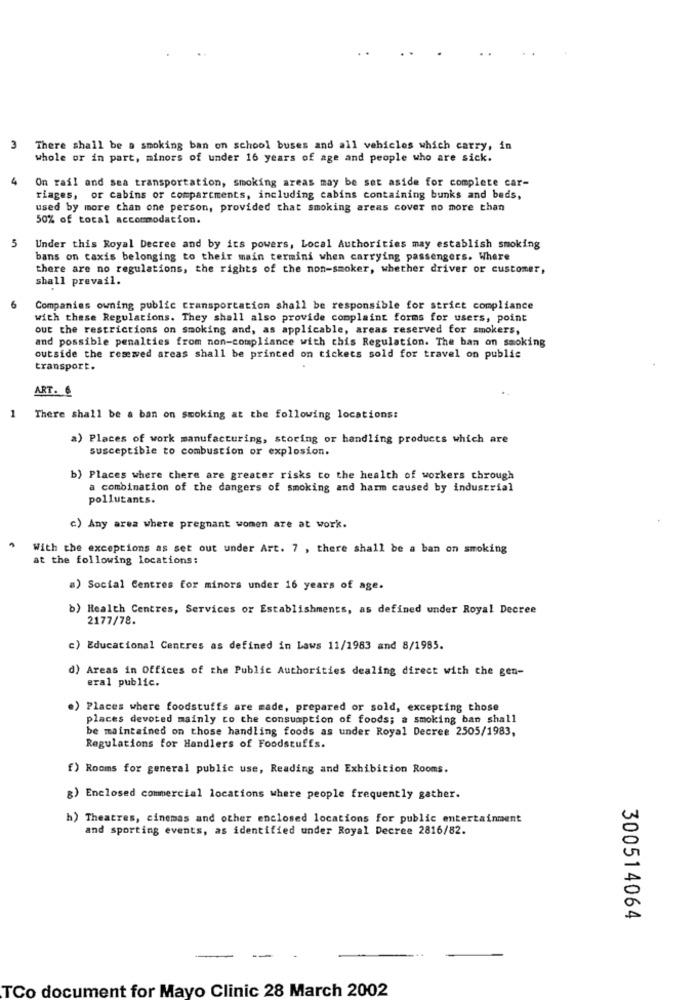
3
There shall be a smoking ban on school buses and all vehicles which carry, in
whole or in part, minors of under 16 years of age and people who are sick.
4
On rail and sea transportation, smoking areas may be set aside for complete car-
riages, or cabins or compartments, including cabins containing bunks and beds,
used by more than one person, provided that smoking areas cover no more than
50% of tocal accommodation.
5
Under this Royal Decree and by its powers, Local Authorities may establish smoking
bans on taxis belonging to their main termini when carrying passengers. Where
there are no regulations, the rights of the non-smoker, whether driver or customer,
shall prevail.
6
Companies owning public transportation shall be responsible for strict compliance
with these Regulations. They shall also provide complaint forms for users, point
out the restrictions on smoking and, as applicable, areas reserved for smokers,
and possible penalties from non-compliance with this Regulation. The ban on smoking
outside the reserved areas shall be printed on tickets sold for travel on public
transport.
ART. €
1
There shall be a ban on smoking at the following locations:
a) Places of work manufacturing, storing or handling products which are
susceptible to combustion or explosion.
b) Places where there are greater risks to the health of workers through
a combination of the dangers of smoking and harm caused by industrial
pollutants.
c) Any area where pregnant women are at work.
With the exceptions as set out under Art. 7 , there shall be a ban on smoking
at the following locations:
a) Social Centres for minors under 16 years of age.
b) Health Centres, Services or Establishments, as defined under Royal Decree
2177/78.
) Educational Centres as defined in Laws 11/1983 and 8/1985.
d) Areas in Offices of the Public Authorities dealing direct with the gen-
eral public.
.) Places where foodstuffs are made, prepared or sold, excepting those
places devoted mainly to the consumption of foods; a smoking ban shall
be maintained on those handling foods as under Royal Decree 2505/1983,
Regulations for Handlers of Foodstuffs.
f) Rooms for general public use, Reading and Exhibition Rooms.
g) Enclosed commercial locations where people frequently gather.
h) Theatres, cinemas and other enclosed locations for public entertainment
and sporting events, as identified under Royal Decree 2816/82.
300514064
TCo document for Mayo Clinic 28 March 2002